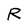
Character: R